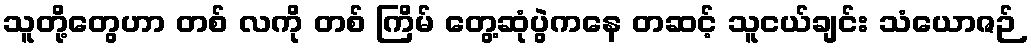
သူတို့တွေဟာ တစ် လကို တစ် ကြိမ် တွေ့ဆုံပွဲကနေ တဆင့် သူငယ်ချင်း သံယောဇဉ်